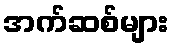
အက်ဆစ်များ